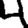
Digit: 4